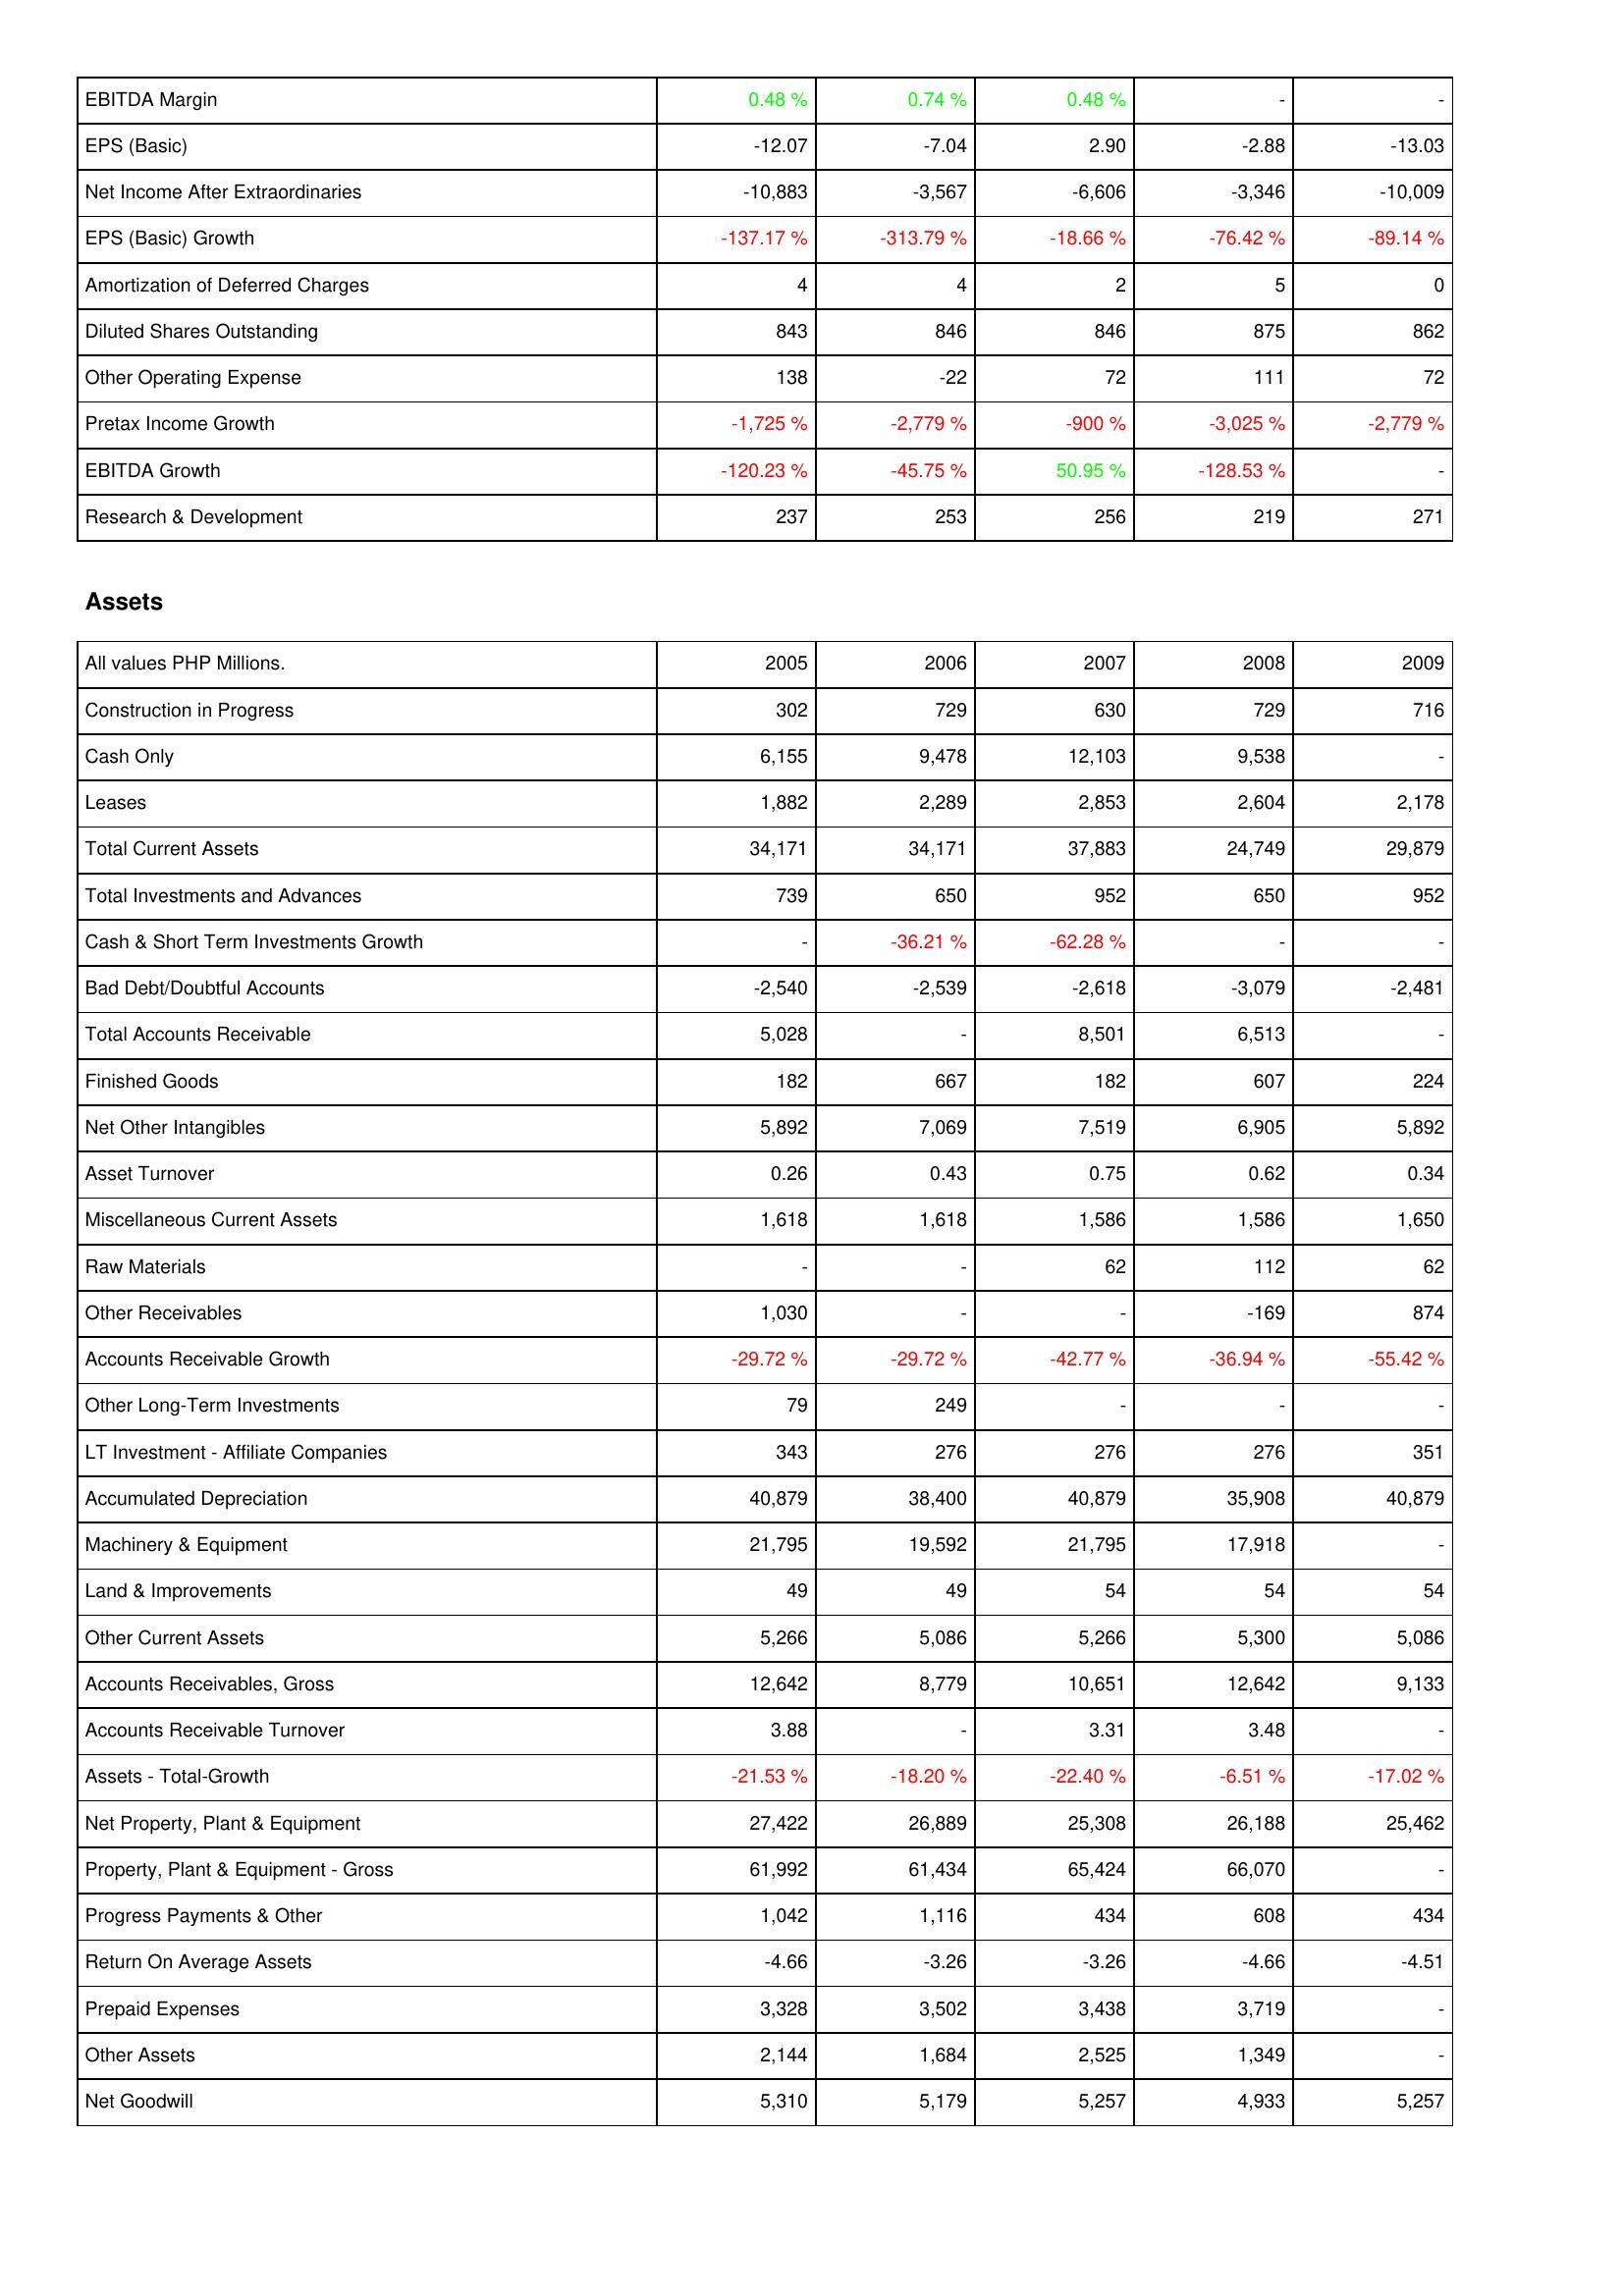
2005: Income Statement: EBITDA Margin: 0.48 %
EPS (Basic): -12.07
Net Income After Extraordinaries: -10,883
EPS (Basic) Growth: -137.17 %
Amortization of Deferred Charges: 4
Diluted Shares Outstanding: 843
Other Operating Expense: 138
Pretax Income Growth: -1,725 %
EBITDA Growth: -120.23 %
Research & Development: 237
Assets: Construction in Progress: 302
Cash Only: 6,155
Leases: 1,882
Total Current Assets: 34,171
Total Investments and Advances: 739
Cash & Short Term Investments Growth: -
Bad Debt/Doubtful Accounts: -2,540
Total Accounts Receivable: 5,028
Finished Goods: 182
Net Other Intangibles: 5,892
Asset Turnover: 0.26
Miscellaneous Current Assets: 1,618
Raw Materials: -
Other Receivables: 1,030
Accounts Receivable Growth: -29.72 %
Other Long-Term Investments: 79
LT Investment - Affiliate Companies: 343
Accumulated Depreciation: 40,879
Machinery & Equipment: 21,795
Land & Improvements: 49
Other Current Assets: 5,266
Accounts Receivables, Gross: 12,642
Accounts Receivable Turnover: 3.88
Assets - Total-Growth: -21.53 %
Net Property, Plant & Equipment: 27,422
Property, Plant & Equipment - Gross: 61,992
Progress Payments & Other: 1,042
Return On Average Assets: -4.66
Prepaid Expenses: 3,328
Other Assets: 2,144
Net Goodwill: 5,310
2006: Income Statement: EBITDA Margin: 0.74 %
EPS (Basic): -7.04
Net Income After Extraordinaries: -3,567
EPS (Basic) Growth: -313.79 %
Amortization of Deferred Charges: 4
Diluted Shares Outstanding: 846
Other Operating Expense: -22
Pretax Income Growth: -2,779 %
EBITDA Growth: -45.75 %
Research & Development: 253
Assets: Construction in Progress: 729
Cash Only: 9,478
Leases: 2,289
Total Current Assets: 34,171
Total Investments and Advances: 650
Cash & Short Term Investments Growth: -36.21 %
Bad Debt/Doubtful Accounts: -2,539
Total Accounts Receivable: -
Finished Goods: 667
Net Other Intangibles: 7,069
Asset Turnover: 0.43
Miscellaneous Current Assets: 1,618
Raw Materials: -
Other Receivables: -
Accounts Receivable Growth: -29.72 %
Other Long-Term Investments: 249
LT Investment - Affiliate Companies: 276
Accumulated Depreciation: 38,400
Machinery & Equipment: 19,592
Land & Improvements: 49
Other Current Assets: 5,086
Accounts Receivables, Gross: 8,779
Accounts Receivable Turnover: -
Assets - Total-Growth: -18.20 %
Net Property, Plant & Equipment: 26,889
Property, Plant & Equipment - Gross: 61,434
Progress Payments & Other: 1,116
Return On Average Assets: -3.26
Prepaid Expenses: 3,502
Other Assets: 1,684
Net Goodwill: 5,179
2007: Income Statement: EBITDA Margin: 0.48 %
EPS (Basic): 2.90
Net Income After Extraordinaries: -6,606
EPS (Basic) Growth: -18.66 %
Amortization of Deferred Charges: 2
Diluted Shares Outstanding: 846
Other Operating Expense: 72
Pretax Income Growth: -900 %
EBITDA Growth: 50.95 %
Research & Development: 256
Assets: Construction in Progress: 630
Cash Only: 12,103
Leases: 2,853
Total Current Assets: 37,883
Total Investments and Advances: 952
Cash & Short Term Investments Growth: -62.28 %
Bad Debt/Doubtful Accounts: -2,618
Total Accounts Receivable: 8,501
Finished Goods: 182
Net Other Intangibles: 7,519
Asset Turnover: 0.75
Miscellaneous Current Assets: 1,586
Raw Materials: 62
Other Receivables: -
Accounts Receivable Growth: -42.77 %
Other Long-Term Investments: -
LT Investment - Affiliate Companies: 276
Accumulated Depreciation: 40,879
Machinery & Equipment: 21,795
Land & Improvements: 54
Other Current Assets: 5,266
Accounts Receivables, Gross: 10,651
Accounts Receivable Turnover: 3.31
Assets - Total-Growth: -22.40 %
Net Property, Plant & Equipment: 25,308
Property, Plant & Equipment - Gross: 65,424
Progress Payments & Other: 434
Return On Average Assets: -3.26
Prepaid Expenses: 3,438
Other Assets: 2,525
Net Goodwill: 5,257
2008: Income Statement: EBITDA Margin: -
EPS (Basic): -2.88
Net Income After Extraordinaries: -3,346
EPS (Basic) Growth: -76.42 %
Amortization of Deferred Charges: 5
Diluted Shares Outstanding: 875
Other Operating Expense: 111
Pretax Income Growth: -3,025 %
EBITDA Growth: -128.53 %
Research & Development: 219
Assets: Construction in Progress: 729
Cash Only: 9,538
Leases: 2,604
Total Current Assets: 24,749
Total Investments and Advances: 650
Cash & Short Term Investments Growth: -
Bad Debt/Doubtful Accounts: -3,079
Total Accounts Receivable: 6,513
Finished Goods: 607
Net Other Intangibles: 6,905
Asset Turnover: 0.62
Miscellaneous Current Assets: 1,586
Raw Materials: 112
Other Receivables: -169
Accounts Receivable Growth: -36.94 %
Other Long-Term Investments: -
LT Investment - Affiliate Companies: 276
Accumulated Depreciation: 35,908
Machinery & Equipment: 17,918
Land & Improvements: 54
Other Current Assets: 5,300
Accounts Receivables, Gross: 12,642
Accounts Receivable Turnover: 3.48
Assets - Total-Growth: -6.51 %
Net Property, Plant & Equipment: 26,188
Property, Plant & Equipment - Gross: 66,070
Progress Payments & Other: 608
Return On Average Assets: -4.66
Prepaid Expenses: 3,719
Other Assets: 1,349
Net Goodwill: 4,933
2009: Income Statement: EBITDA Margin: -
EPS (Basic): -13.03
Net Income After Extraordinaries: -10,009
EPS (Basic) Growth: -89.14 %
Amortization of Deferred Charges: 0
Diluted Shares Outstanding: 862
Other Operating Expense: 72
Pretax Income Growth: -2,779 %
EBITDA Growth: -
Research & Development: 271
Assets: Construction in Progress: 716
Cash Only: -
Leases: 2,178
Total Current Assets: 29,879
Total Investments and Advances: 952
Cash & Short Term Investments Growth: -
Bad Debt/Doubtful Accounts: -2,481
Total Accounts Receivable: -
Finished Goods: 224
Net Other Intangibles: 5,892
Asset Turnover: 0.34
Miscellaneous Current Assets: 1,650
Raw Materials: 62
Other Receivables: 874
Accounts Receivable Growth: -55.42 %
Other Long-Term Investments: -
LT Investment - Affiliate Companies: 351
Accumulated Depreciation: 40,879
Machinery & Equipment: -
Land & Improvements: 54
Other Current Assets: 5,086
Accounts Receivables, Gross: 9,133
Accounts Receivable Turnover: -
Assets - Total-Growth: -17.02 %
Net Property, Plant & Equipment: 25,462
Property, Plant & Equipment - Gross: -
Progress Payments & Other: 434
Return On Average Assets: -4.51
Prepaid Expenses: -
Other Assets: -
Net Goodwill: 5,257